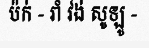
ប៉ក់ - រាំ វង់ សូឡូ -